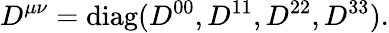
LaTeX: D^{\mu\nu}=\mathrm{diag}(D^{00},D^{11},D^{22},D^{33}).